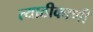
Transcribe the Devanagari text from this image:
त्याठीकाणी